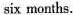
six months.